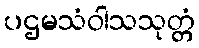
ပဌမသံဝါသသုတ္တံ